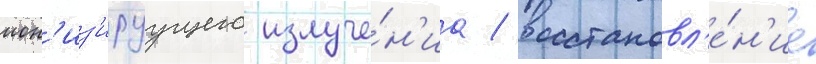
ион'из'ируущего излуче́н'иа / восстановл'е́н'ие